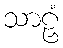
သာဠှံ